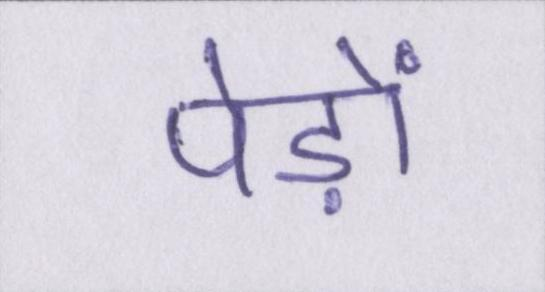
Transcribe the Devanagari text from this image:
पेड़ों